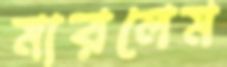
মারলেম